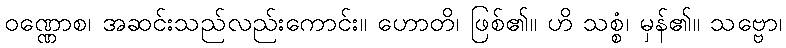
ဝဏ္ဏောစ၊ အဆင်းသည်လည်းကောင်း။ ဟောတိ၊ ဖြစ်၏။ ဟိ သစ္စံ၊ မှန်၏။ သဗ္ဗော၊